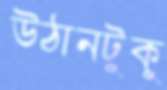
উঠানটুকু